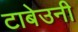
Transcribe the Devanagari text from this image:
टाबेउनी